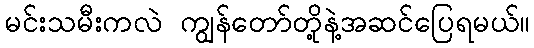
မင်းသမီးကလဲ ကျွန်တော်တို့နဲ့အဆင်ပြေရမယ်။